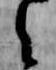
令